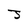
Character: J